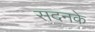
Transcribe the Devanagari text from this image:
सदनके